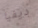
ديفيا